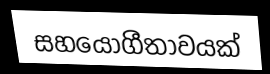
සහයෝගීතාවයක්